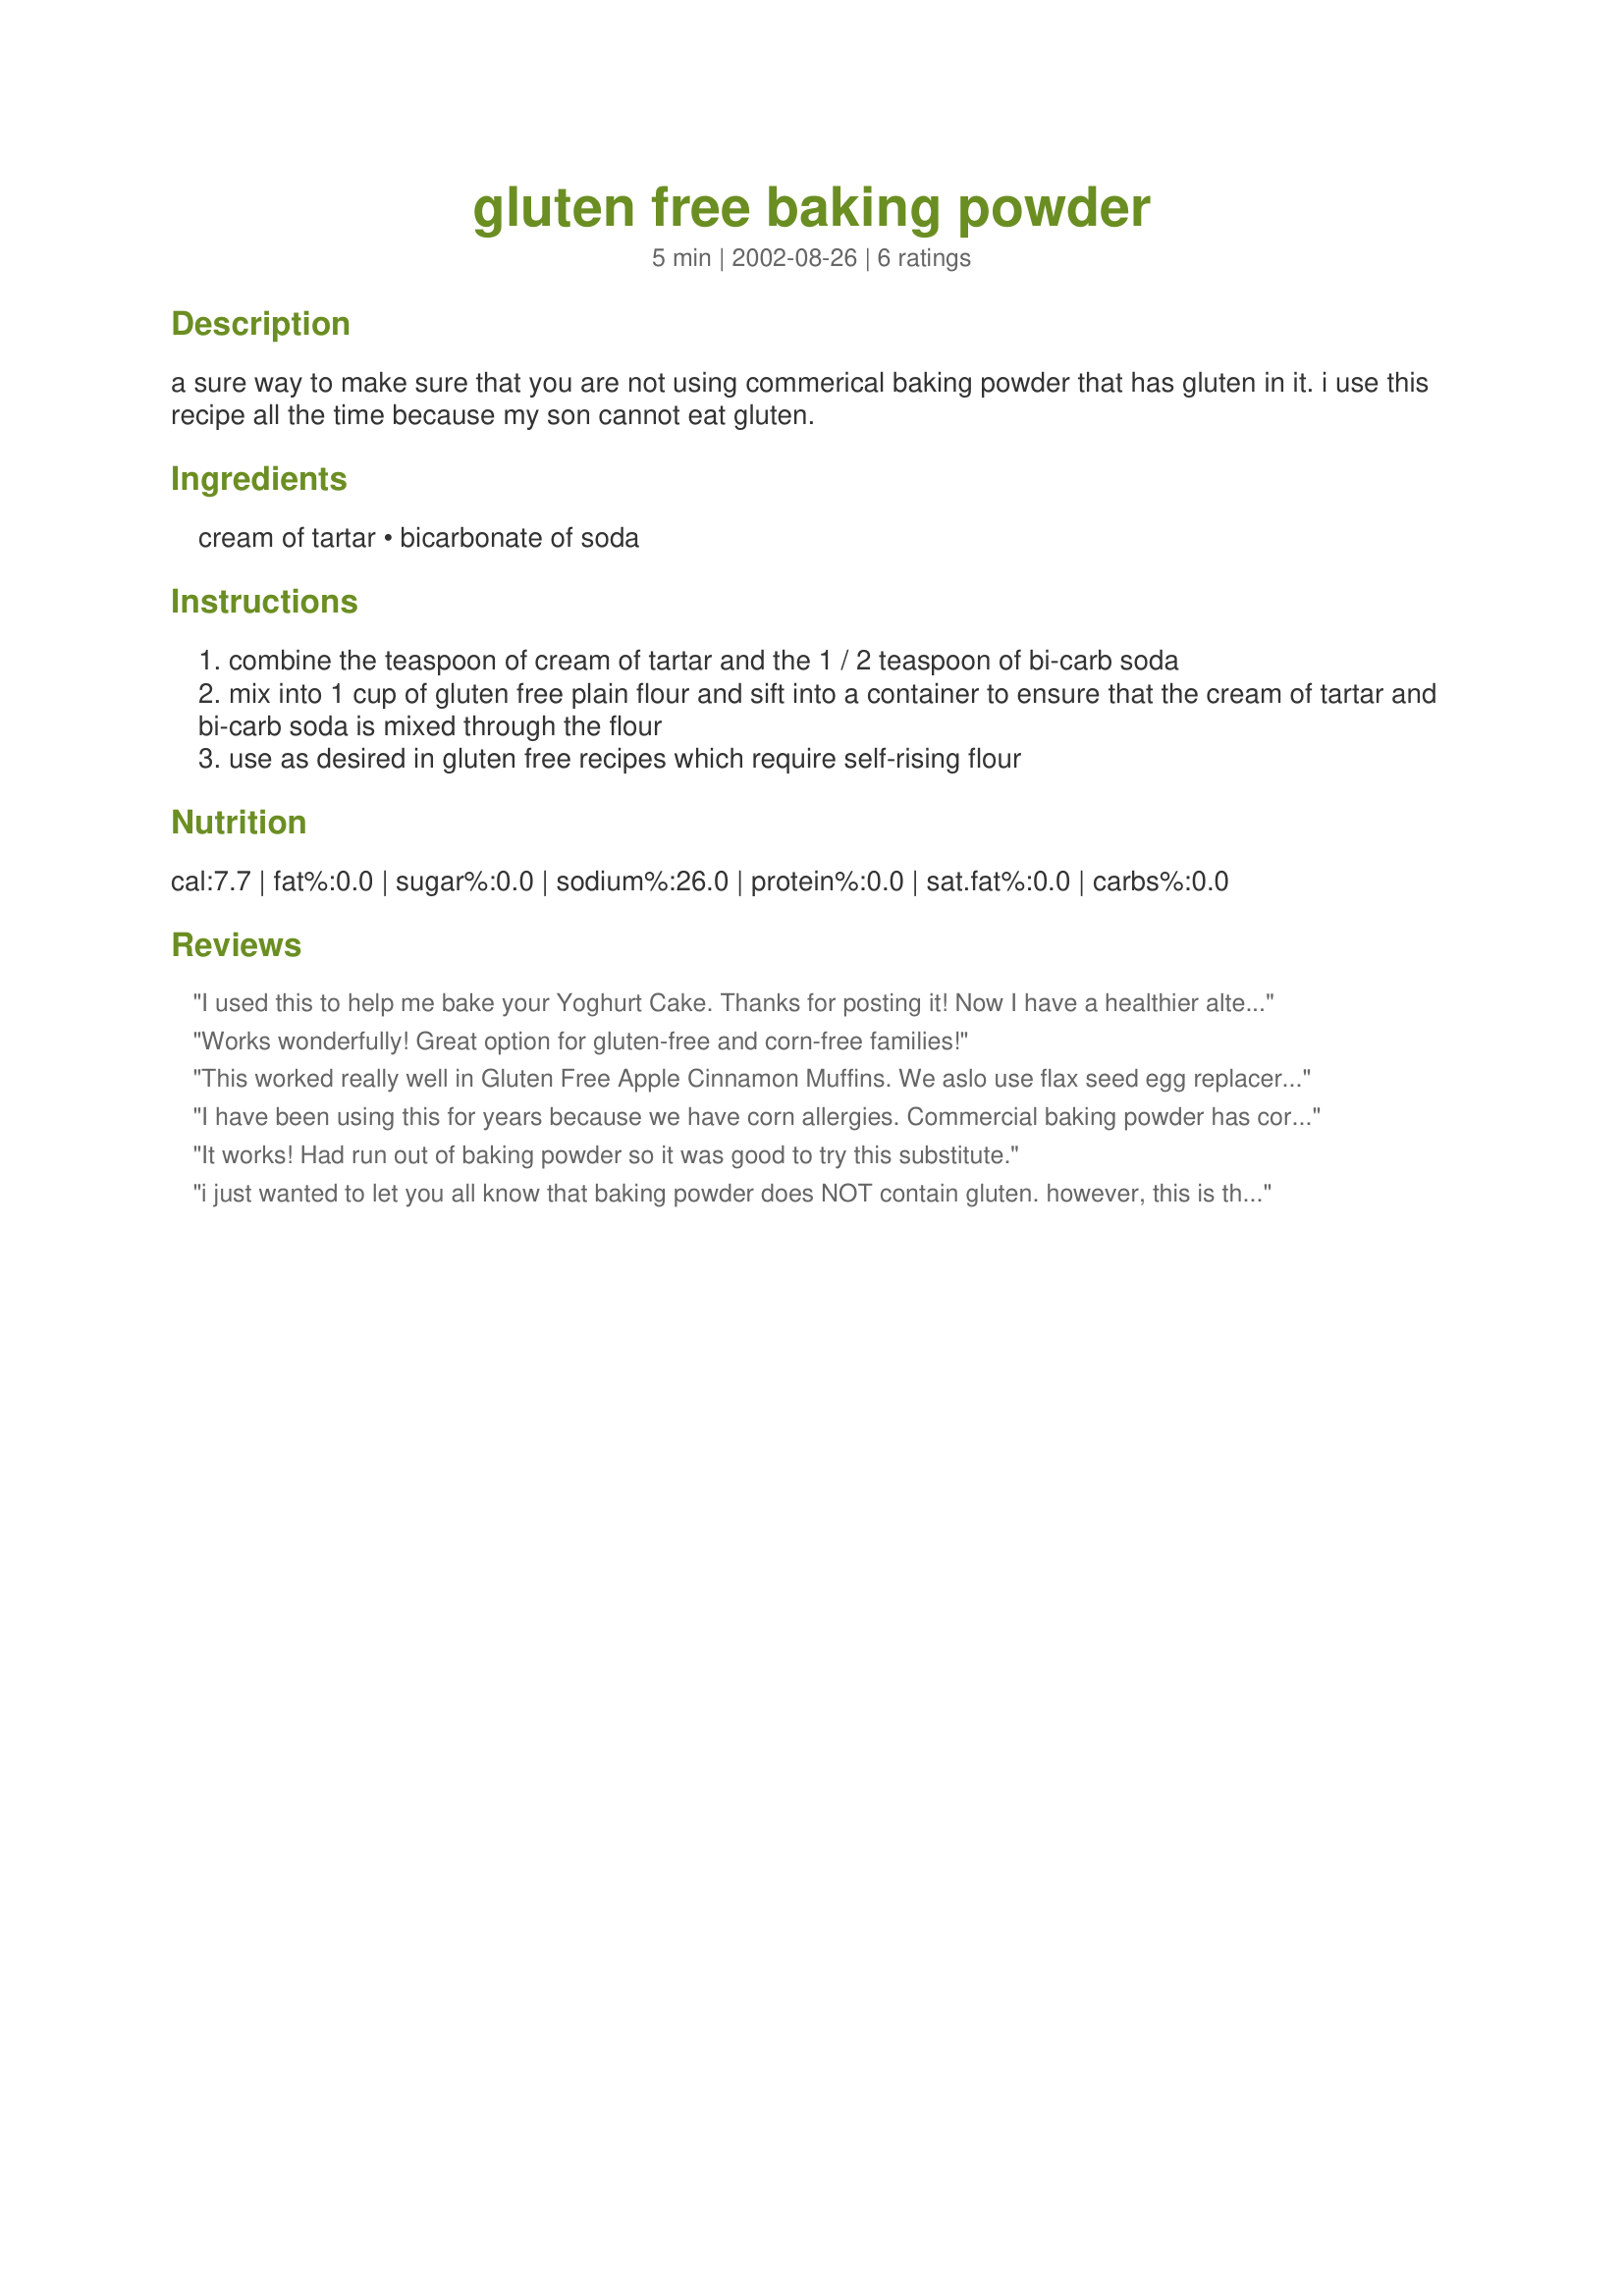
gluten free baking powder
Preparation time: 5 minutes

a sure way to make sure that you are not using commerical baking powder that has gluten in it. i use this recipe all the time because my son cannot eat gluten.

Ingredients:
cream of tartar, bicarbonate of soda

Steps:
combine the teaspoon of cream of tartar and the 1 / 2 teaspoon of bi-carb soda
mix into 1 cup of gluten free plain flour and sift into a container to ensure that the cream of tartar and bi-carb soda is mixed through the flour
use as desired in gluten free recipes which require self-rising flour

Reviews:
I used this to help me bake your Yoghurt Cake. Thanks for posting it! Now I have a healthier alternative to commercial baking powder.
Works wonderfully! Great option for gluten-free and corn-free families!
This worked really well in Gluten Free Apple Cinnamon Muffins. We aslo use flax seed egg replacer 104832 and everyone like the muffins. We are gluten, egg, milk, corn, soy.......free
I have been using this for years because we have corn allergies. Commercial baking powder has corn starch in it. So for 1 tsp baking powder use 1/2 tsp cream of tartar and 1/4 tsp baking soda. For 1 TBS baking powder use 1 1/2 tsp cream of tartar and 3/4 tsp baking soda. WE love this for making baking powder biscuits (that aren't gluten free) they come out very light and lovely.
It works! Had run out of baking powder so it was good to try this substitute.
i just wanted to let you all know that baking powder does NOT contain gluten. however, this is the substitute for baking powder and it is still gluten free.
